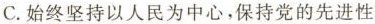
C.始终坚持以人民为中心，保持党的先进性